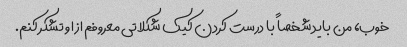
خوب، من باید شخصاً با درست کردن کیک شکلاتی معروفم از او تشکر کنم.